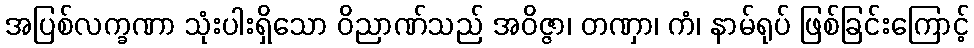
အပြစ်လက္ခဏာ သုံးပါးရှိသော ဝိညာဏ်သည် အဝိဇ္ဇာ၊ တဏှာ၊ ကံ၊ နာမ်ရုပ် ဖြစ်ခြင်းကြောင့်